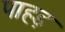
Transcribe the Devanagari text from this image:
पाहड़